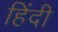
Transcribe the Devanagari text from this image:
हिंंदी